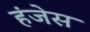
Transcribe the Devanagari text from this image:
हंजेस